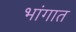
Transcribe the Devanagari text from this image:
भांगात